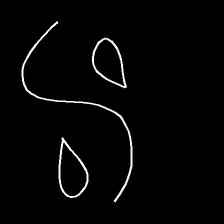
Glyph: water